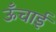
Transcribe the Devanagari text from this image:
ऊॅंचाई